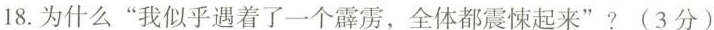
18. 为什么“我似乎遇着了一个霹雳，全体都震悚起来”?(3分)